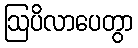
ဩပိလာပေတွာ